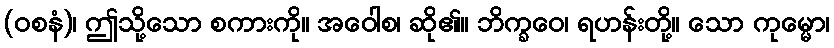
(ဝစနံ)၊ ဤသို့သော စကားကို။ အဝေါစ၊ ဆို၏။ ဘိက္ခဝေ၊ ရဟန်းတို့။ သော ကုမ္မော၊